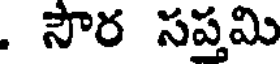
. సౌర సప్తమి